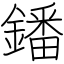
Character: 鐇